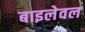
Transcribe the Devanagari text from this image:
बाइलेवल